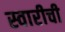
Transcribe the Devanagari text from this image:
स्वारीची